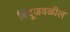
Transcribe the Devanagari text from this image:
बिंदूजवळील